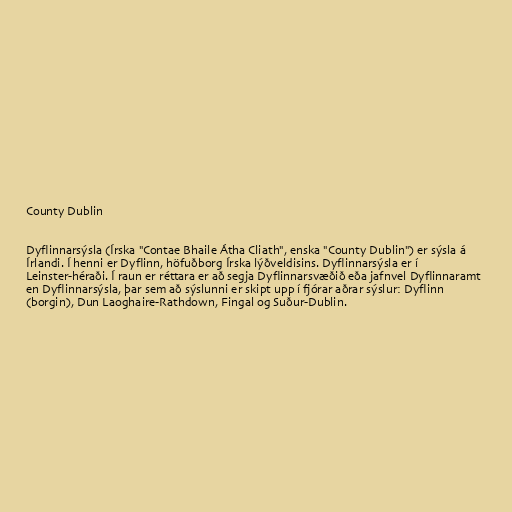
County Dublin

Dyflinnarsýsla (Írska "Contae Bhaile Átha Cliath", enska "County Dublin") er sýsla á
Írlandi. Í henni er Dyflinn, höfuðborg Írska lýðveldisins. Dyflinnarsýsla er í
Leinster-héraði. Í raun er réttara er að segja Dyflinnarsvæðið eða jafnvel Dyflinnaramt
en Dyflinnarsýsla, þar sem að sýslunni er skipt upp í fjórar aðrar sýslur: Dyflinn
(borgin), Dun Laoghaire-Rathdown, Fingal og Suður-Dublin.